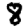
Digit: 8